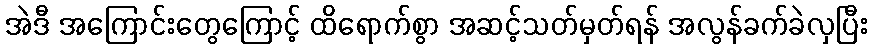
အဲဒီ အကြောင်းတွေကြောင့် ထိရောက်စွာ အဆင့်သတ်မှတ်ရန် အလွန်ခက်ခဲလှပြီး